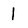
Character: 1